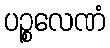
ပဉ္စလေဏံ